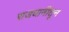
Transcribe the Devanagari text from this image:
राजधानीतून